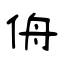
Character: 侜